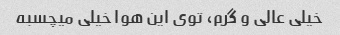
خیلی عالی و گرم، توی این هوا خیلی میچسبه